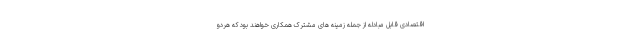
اقتصادی قابل مبادله از جمله زمینه های مشترک همکاری خواهند بود که هردو